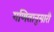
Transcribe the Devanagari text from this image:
गणितानुसारी